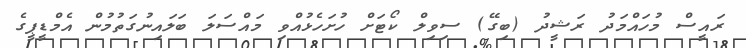
ރައީސް މުހައްމަދު ރަޝީދު (ބިގޭ) ސިވިލް ކޯޓަށް ހުށަހެޅުއްވި މައްސަލަ ބަލައިނުގަތުމުން އެމްޑީޕީގެ